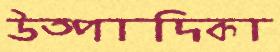
উত্পাদিকা